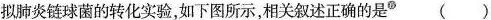
拟肺炎链球菌的转化实验，如下图所示，相关叙述正确的是◎( )